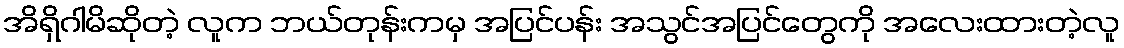
အိရှိဂါမိဆိုတဲ့ လူက ဘယ်တုန်းကမှ အပြင်ပန်း အသွင်အပြင်တွေကို အလေးထားတဲ့လူ